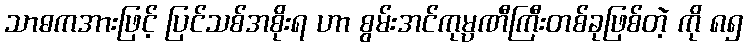
သာဓကအားဖြင့် ပြင်သစ်အစိုးရ ဟာ စွမ်းအင်ကုမ္ပဏီကြီးတစ်ခုဖြစ်တဲ့ ကို ၈၅